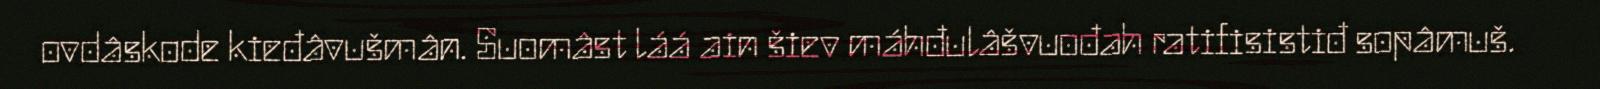
ovdâskode kieđâvušmân. Suomâst láá ain šiev máhđulâšvuođah ratifisistiđ sopâmuš.